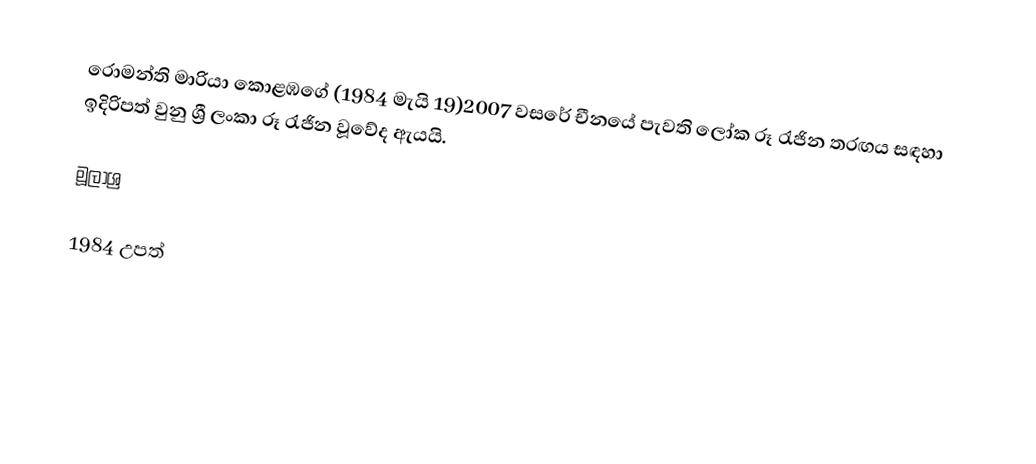
රොමන්ති මාරියා කොළඹගේ (1984 මැයි 19)2007 වසරේ චීනයේ පැවති ලෝක රූ රැජින තරඟය සඳහා ඉදිරිපත් වුනු ශ්‍රී ලංකා රූ රැජින වූවේද ඇයයි.

මූලාශ්‍ර

1984 උපත්